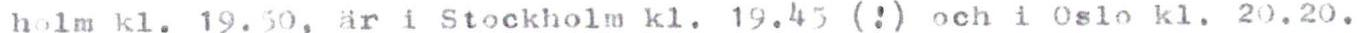
holm kl. 19.50, är i Stockholm kl. 19.45 (!) och i 0slo kl. 20.20.